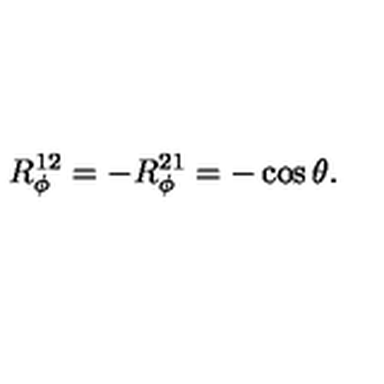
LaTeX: R _ { \phi } ^ { 1 2 } = - R _ { \phi } ^ { 2 1 } = - \cos \theta .